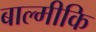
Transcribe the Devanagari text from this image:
बाल्‍मीकि